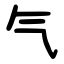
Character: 气